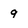
Character: 9